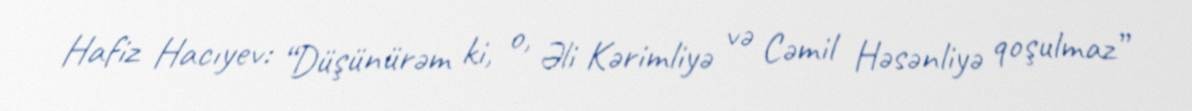
Hafiz Hacıyev: “Düşünürəm ki, o, Əli Kərimliyə və Cəmil Həsənliyə qoşulmaz”